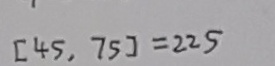
[ 4 5 , 7 5 ] = 2 2 5